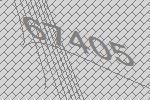
67405